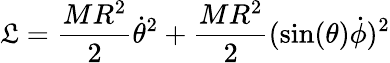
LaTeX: \mathfrak{L}={\frac{{MR^{2}}}{{2}}}{\dot{{\theta}}}^{2}+{\frac{{MR^{2}}}{{2}}}(\sin(\theta){\dot{{\phi}}})^{2}